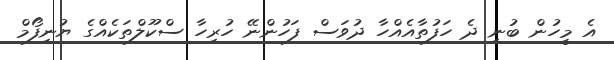
އެ މީހުން ބުނި ދެ ހަފުތާއެއްހާ ދުވަސް ފަހުންނޭ ހުރިހާ ސްކޫލްތަކެއްގެ ޔުނިފޯމް